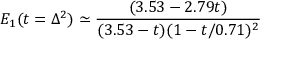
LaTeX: { \cal E } _ { 1 } ( t = \Delta ^ { 2 } ) \simeq { \frac { ( 3 . 5 3 - 2 . 7 9 t ) } { ( 3 . 5 3 - t ) ( 1 - t / 0 . 7 1 ) ^ { 2 } } }